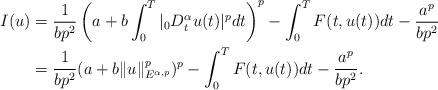
LaTeX: \begin{align*}I(u)&=\frac{1}{bp^2}\left(a+b\int_0^T|{_0D_t^\alpha}u(t)|^pdt\right)^p-\int_0^TF(t,u(t))dt-\frac{a^p}{bp^2}\\&=\frac{1}{bp^2}(a+b\|u\|_{E^{\alpha,p}}^p)^p-\int_0^TF(t,u(t))dt-\frac{a^p}{bp^2}.\end{align*}